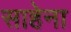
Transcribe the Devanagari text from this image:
साहेना